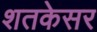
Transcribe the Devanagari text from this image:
शतकेसर